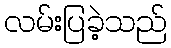
လမ်းပြခဲ့သည်